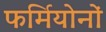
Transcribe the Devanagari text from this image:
फर्मियोनों